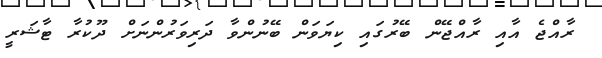
ރާއްޖެ އާއި ރާއްޖޭން ބޭރުގައި ކިޔަވަން ބޭނުންވާ ދަރިވަރުންނަށް ދޫކުރާ ޓާޝަރީ